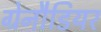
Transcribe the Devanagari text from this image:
ग्रेनौडियर